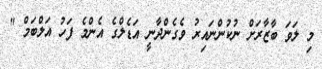
މި ލަވަ ބާޒާރަށް ނުކުންނައިރު ވެގެންދާނީ އަޑެލްގެ އެންމެ ފަހު އަލްބަމް "